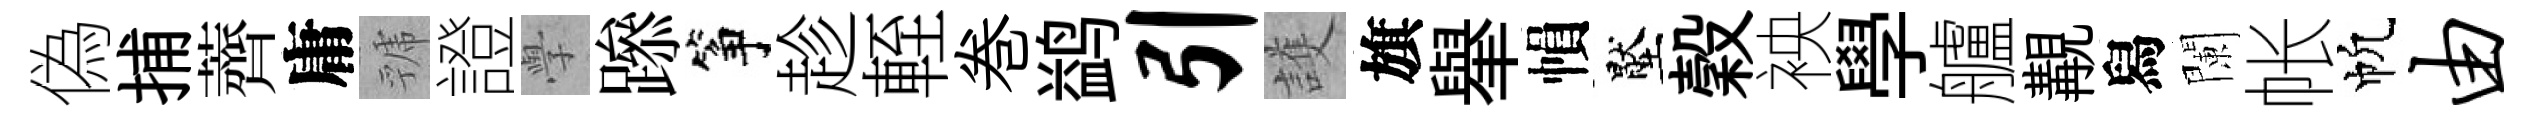
偽捕薺庸虢證𭓕𨅶筝趁輊巻鹢引護旗𦦙𢄙壓穀䘧學艫覯舄闌帐帆由